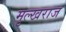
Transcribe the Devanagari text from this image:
मुल्खराज